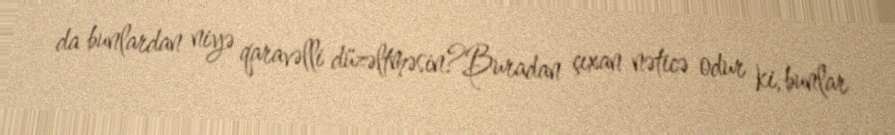
da bunlardan niyə qaravəlli düzəltməsin?Buradan çıxan nəticə odur ki, bunlar